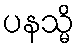
ပနသ္မိ